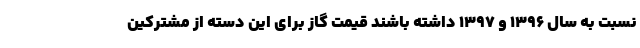
نسبت به سال ۱۳۹۶ و ۱۳۹۷ داشته باشند قیمت گاز برای این دسته از مشترکین